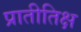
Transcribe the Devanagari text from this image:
प्रातीतिक्ष